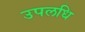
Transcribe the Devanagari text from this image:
उपलधि